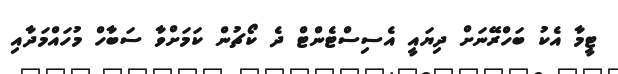
ޓީމާ އެކު ބަހްރޭނަށް ދިޔައީ އެސިސްޓެންޓް ދެ ކޯޗުން ކަމަށްވާ ސަބާހް މުހައްމަދާއި